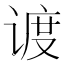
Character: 𬤏